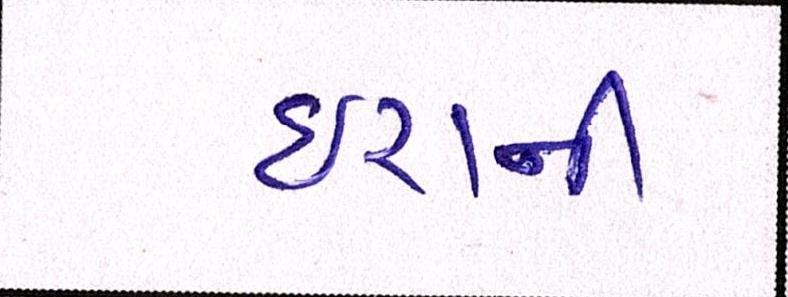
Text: ઇરાની